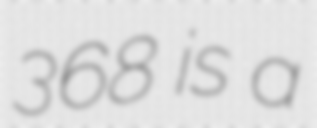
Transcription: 368 is a